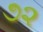
૭૨